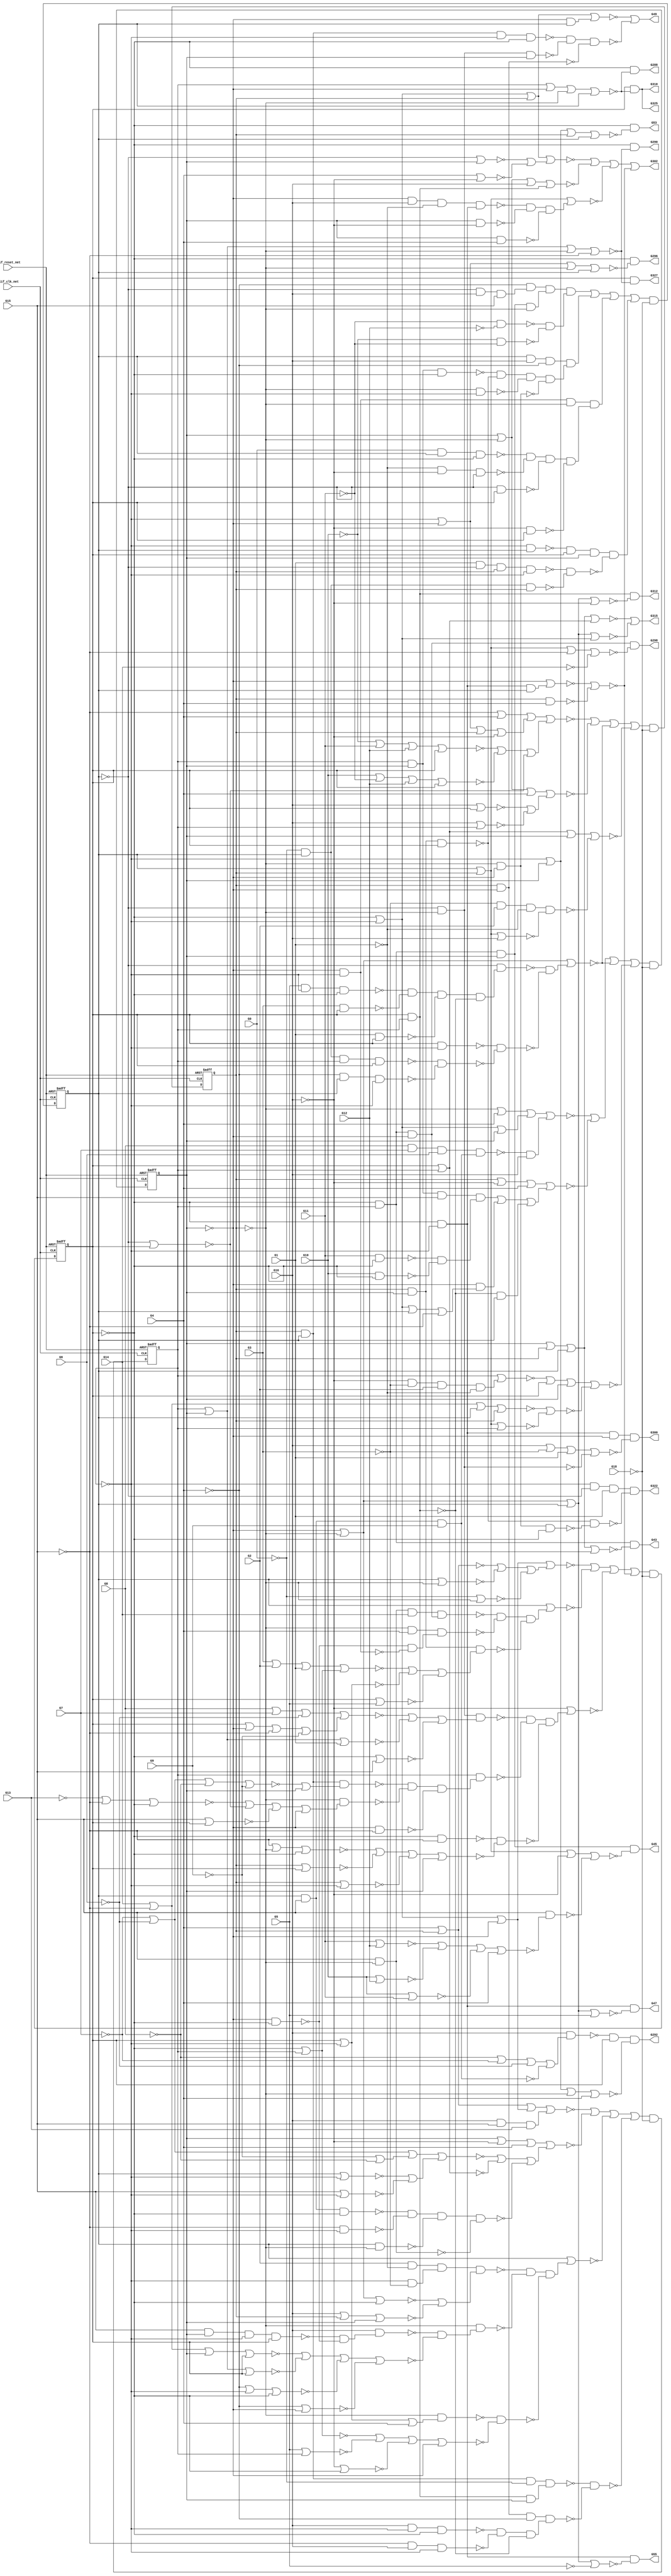
module s832_bench(
  blif_clk_net,
  blif_reset_net,
  G0,
  G1,
  G2,
  G3,
  G4,
  G5,
  G6,
  G7,
  G8,
  G9,
  G10,
  G11,
  G12,
  G13,
  G14,
  G15,
  G16,
  G18,
  G327,
  G325,
  G300,
  G322,
  G45,
  G312,
  G53,
  G49,
  G47,
  G296,
  G290,
  G292,
  G298,
  G288,
  G315,
  G55,
  G43,
  G310,
  G302);
input blif_clk_net;
input blif_reset_net;
input G0;
input G1;
input G2;
input G3;
input G4;
input G5;
input G6;
input G7;
input G8;
input G9;
input G10;
input G11;
input G12;
input G13;
input G14;
input G15;
input G16;
input G18;
output G327;
output G325;
output G300;
output G322;
output G45;
output G312;
output G53;
output G49;
output G47;
output G296;
output G290;
output G292;
output G298;
output G288;
output G315;
output G55;
output G43;
output G310;
output G302;
reg G38;
reg G39;
reg G40;
reg G41;
reg G42;
wire G178;
wire G50;
wire G260;
wire G167;
wire G228;
wire G196;
wire G234;
wire G291;
wire G138;
wire G61;
wire G140;
wire G161;
wire G217;
wire G209;
wire G301;
wire G200;
wire G254;
wire G77;
wire G93;
wire G191;
wire G105;
wire G144;
wire G295;
wire G313;
wire G270;
wire G329;
wire G134;
wire G218;
wire G269;
wire G147;
wire G83;
wire G122;
wire G80;
wire G297;
wire G117;
wire G151;
wire G65;
wire G81;
wire G58;
wire G176;
wire G210;
wire G284;
wire G238;
wire G114;
wire G221;
wire G246;
wire G175;
wire G307;
wire G172;
wire G51;
wire G187;
wire G118;
wire G130;
wire G54;
wire G87;
wire G69;
wire G213;
wire G126;
wire G314;
wire G169;
wire G111;
wire G171;
wire G320;
wire G263;
wire G233;
wire G57;
wire G324;
wire G239;
wire G166;
wire G216;
wire G227;
wire G282;
wire G286;
wire G197;
wire G162;
wire G164;
wire G253;
wire G145;
wire G136;
wire G66;
wire G141;
wire G123;
wire G190;
wire G56;
wire G245;
wire G155;
wire G44;
wire G128;
wire G285;
wire G308;
wire G94;
wire G268;
wire G91;
wire G97;
wire G271;
wire G316;
wire G104;
wire G150;
wire G225;
wire G135;
wire G60;
wire G82;
wire G188;
wire G84;
wire G205;
wire G303;
wire G92;
wire G240;
wire G247;
wire G201;
wire G264;
wire G89;
wire G257;
wire G294;
wire G212;
wire G276;
wire G98;
wire G63;
wire G78;
wire G183;
wire G127;
wire G48;
wire G156;
wire G173;
wire G108;
wire G252;
wire G110;
wire G88;
wire G180;
wire G119;
wire G131;
wire G323;
wire G100;
wire G70;
wire G124;
wire G52;
wire G95;
wire G120;
wire G299;
wire G79;
wire G244;
wire G207;
wire G273;
wire G236;
wire G258;
wire G248;
wire G137;
wire G165;
wire G129;
wire G193;
wire G174;
wire G146;
wire G309;
wire G198;
wire G289;
wire G160;
wire G184;
wire G256;
wire G132;
wire G158;
wire G113;
wire G73;
wire G251;
wire G163;
wire G272;
wire G319;
wire G148;
wire G222;
wire G153;
wire G189;
wire G219;
wire G85;
wire G115;
wire G230;
wire G74;
wire G283;
wire G103;
wire G326;
wire G243;
wire G157;
wire G177;
wire G208;
wire G211;
wire G293;
wire G67;
wire G107;
wire G265;
wire G71;
wire G267;
wire G275;
wire G90;
wire G279;
wire G277;
wire G215;
wire G262;
wire G281;
wire G223;
wire G202;
wire G75;
wire G235;
wire G142;
wire G206;
wire G304;
wire G101;
wire G121;
wire G261;
wire G149;
wire G159;
wire G139;
wire G255;
wire G109;
wire G321;
wire G237;
wire G259;
wire G68;
wire G311;
wire G185;
wire G192;
wire G125;
wire G195;
wire G181;
wire G204;
wire G168;
wire G229;
wire G199;
wire G46;
wire G318;
wire G328;
wire G59;
wire G179;
wire G274;
wire G62;
wire G102;
wire G226;
wire G224;
wire G317;
wire G99;
wire G152;
wire G116;
wire G112;
wire G64;
wire G250;
wire G86;
wire G287;
wire G241;
wire G306;
wire G182;
wire G231;
wire G280;
wire G170;
wire G214;
wire G76;
wire G72;
wire G133;
wire G242;
wire G266;
wire G203;
wire G186;
wire G96;
wire G249;
wire G194;
wire G232;
wire G220;
wire G278;
wire G305;
wire G143;
wire G154;
wire G106;
always @(posedge blif_clk_net or posedge blif_reset_net)
  if(blif_reset_net == 1)
    G38 <= 0;
  else
    G38 <= G90;
always @(posedge blif_clk_net or posedge blif_reset_net)
  if(blif_reset_net == 1)
    G39 <= 0;
  else
    G39 <= G93;
always @(posedge blif_clk_net or posedge blif_reset_net)
  if(blif_reset_net == 1)
    G40 <= 0;
  else
    G40 <= G96;
always @(posedge blif_clk_net or posedge blif_reset_net)
  if(blif_reset_net == 1)
    G41 <= 0;
  else
    G41 <= G99;
always @(posedge blif_clk_net or posedge blif_reset_net)
  if(blif_reset_net == 1)
    G42 <= 0;
  else
    G42 <= G102;
assign G178 = ((~G16)&(~G3)&(~G181)&(~G1));
assign G50 = ((~G40)&(~G280));
assign G260 = ((~G263)&(~G264)&(~G265));
assign G167 = (G256&G38&G313);
assign G228 = (G38)|(G313);
assign G196 = ((~G280)&(~G267)&(~G198));
assign G291 = ((~G313))|((~G317))|((~G39))|((~G15));
assign G234 = (G15&G40&G313&G42);
assign G138 = ((~G318)&(~G256));
assign G61 = ((~G328))|((~G313))|((~G317))|((~G146));
assign G140 = ((~G42)&(~G41));
assign G161 = (G3&G42);
assign G301 = ((~G281))|((~G3))|((~G323))|((~G119));
assign G217 = ((~G236))|((~G237));
assign G209 = ((~G328)&(~G313)&(~G317));
assign G200 = (G256&G38&G313);
assign G254 = ((~G318)&(~G256));
assign G77 = ((~G210)&(~G211));
assign G93 = (G92&G91);
assign G191 = (G42&G313);
assign G105 = ((~G328))|((~G40))|((~G15))|((~G9));
assign G144 = (G16)|(G42);
assign G295 = ((~G41))|((~G317))|((~G39))|((~G256));
assign G313 = ((~G41));
assign G270 = ((~G42)&(~G313)&(~G40));
assign G329 = ((~G313))|((~G317))|((~G39))|((~G15));
assign G134 = (G280)|(G42);
assign G218 = (G2&G323&G216&G217);
assign G269 = ((~G114))|((~G115))|((~G116))|((~G317));
assign G147 = ((~G38)&(~G281)&(~G267));
assign G83 = ((~G258)&(~G259)&(~G261));
assign G297 = ((~G41))|((~G40))|((~G39))|((~G280));
assign G122 = ((~G267)&(~G123));
assign G80 = (G38)|(G76);
assign G117 = (G1&G280&G39&G313);
assign G151 = (G38&G16&G256&G153);
assign G65 = ((~G42))|((~G41))|((~G317));
assign G81 = ((~G246))|((~G247))|((~G248));
assign G58 = ((~G132))|((~G133))|((~G134));
assign G176 = ((~G42))|((~G41))|((~G280))|((~G15));
assign G210 = (G39&G38&G245&G209);
assign G310 = ((~G328)&(~G311));
assign G284 = ((~G42))|((~G313));
assign G238 = (G14)|(G267)|(G40)|(G42);
assign G325 = ((~G328)&(~G326));
assign G114 = (G267)|(G318)|(G328);
assign G221 = ((~G226)&(~G227));
assign G302 = ((~G307))|((~G308))|((~G309))|((~G306));
assign G246 = (G4)|(G39);
assign G307 = (G328)|(G313)|(G39)|(G303);
assign G175 = (G317&G176);
assign G172 = ((~G11));
assign G51 = ((~G127)&(~G128)&(~G129));
assign G187 = (G5&G313&G328);
assign G118 = (G245&G38&G39);
assign G130 = ((~G5));
assign G54 = ((~G41))|((~G317))|((~G318))|((~G280));
assign G87 = (G281)|(G83);
assign G69 = ((~G180))|((~G328))|((~G317))|((~G179));
assign G213 = (G16&G313&G328);
assign G314 = ((~G40))|((~G39))|((~G280))|((~G16));
assign G126 = (G10)|(G11);
assign G169 = (G172&G168);
assign G300 = ((~G42)&(~G41)&(~G40)&(~G301));
assign G111 = (G15)|(G42);
assign G47 = ((~G42)&(~G41)&(~G48));
assign G320 = (G40)|(G39)|(G38)|(G316);
assign G171 = ((~G10));
assign G263 = (G39&G38&G262);
assign G233 = (G15&G318);
assign G324 = ((~G120)&(~G121));
assign G57 = ((~G41))|((~G40))|((~G318))|((~G16));
assign G239 = (G40)|(G41)|(G42);
assign G166 = (G245&G38&G41&G42);
assign G312 = ((~G328)&(~G313)&(~G314));
assign G216 = ((~G41)&(~G3));
assign G227 = ((~G242))|((~G243))|((~G244))|((~G40));
assign G282 = (G317&G328);
assign G286 = (G42)|(G313);
assign G162 = (G1&G42);
assign G197 = (G8&G7&G6&G196);
assign G164 = (G42&G313);
assign G253 = ((~G42)&(~G41)&(~G280));
assign G145 = (G16)|(G41);
assign G136 = (G4)|(G281);
assign G66 = ((~G197)&(~G281));
assign G141 = (G317&G16&G323&G140);
assign G123 = ((~G124))|((~G125))|((~G126))|((~G256));
assign G190 = (G41&G42);
assign G56 = ((~G40))|((~G39))|((~G280))|((~G5));
assign G155 = ((~G103)&(~G328)&(~G317)&(~G104));
assign G245 = ((~G0));
assign G44 = ((~G317))|((~G318))|((~G280))|((~G15));
assign G128 = (G280&G318&G40);
assign G308 = (G40)|(G318)|(G16)|(G304);
assign G285 = (G3)|(G2)|(G1)|(G284);
assign G94 = ((~G18));
assign G268 = (G328&G267);
assign G91 = ((~G18));
assign G97 = ((~G18));
assign G271 = (G318&G15&G14&G270);
assign G104 = ((~G117)&(~G118));
assign G316 = ((~G328))|((~G313));
assign G150 = (G256&G147&G148&G149);
assign G225 = ((~G328))|((~G41))|((~G256));
assign G135 = (G280)|(G40);
assign G60 = ((~G158)&(~G159));
assign G82 = ((~G271)&(~G272)&(~G273));
assign G290 = ((~G42)&(~G291));
assign G188 = (G3&G42);
assign G84 = ((~G255))|((~G254));
assign G205 = ((~G228))|((~G229));
assign G303 = ((~G135))|((~G136));
assign G92 = ((~G62))|((~G63))|((~G64))|((~G61));
assign G240 = (G256)|(G313)|(G328);
assign G247 = (G38)|(G318);
assign G201 = ((~G13));
assign G45 = ((~G42)&(~G313)&(~G317)&(~G46));
assign G264 = (G318&G266);
assign G89 = (G150)|(G151)|(G152)|(G155);
assign G257 = ((~G106))|((~G107))|((~G108));
assign G294 = (G16&G293);
assign G212 = ((~G213)&(~G214)&(~G215));
assign G63 = (G40)|(G318)|(G4)|(G59);
assign G276 = (G0&G38&G328);
assign G98 = ((~G78))|((~G79))|((~G80))|((~G77));
assign G55 = ((~G42)&(~G41)&(~G56));
assign G78 = (G39)|(G4)|(G73)|(G74);
assign G183 = (G38)|(G39)|(G41);
assign G127 = (G38&G39&G313&G328);
assign G48 = ((~G40))|((~G39))|((~G280))|((~G130));
assign G156 = ((~G318))|((~G280))|((~G281));
assign G173 = ((~G193)&(~G194));
assign G108 = (G328)|(G15);
assign G252 = (G318&G317);
assign G110 = (G280)|(G42);
assign G88 = ((~G18));
assign G180 = (G41)|(G178);
assign G119 = ((~G39)&(~G38));
assign G131 = ((~G280)&(~G267)&(~G198));
assign G323 = ((~G1));
assign G100 = ((~G18));
assign G70 = (G318)|(G4)|(G65)|(G66);
assign G124 = (G11)|(G12);
assign G52 = (G328)|(G313)|(G39)|(G50);
assign G95 = ((~G70))|((~G71))|((~G72))|((~G69));
assign G120 = (G39&G40&G42);
assign G299 = ((~G318))|((~G280))|((~G15))|((~G14));
assign G315 = ((~G320))|((~G321));
assign G79 = (G40)|(G281)|(G4)|(G75);
assign G244 = (G281)|(G328);
assign G207 = (G202)|(G203)|(G204)|(G205);
assign G273 = (G40&G39&G275);
assign G236 = (G318)|(G317)|(G328);
assign G258 = (G318&G280&G257);
assign G248 = (G245)|(G318);
assign G137 = ((~G42)&(~G41)&(~G280));
assign G165 = ((~G166)&(~G167));
assign G129 = (G39&G317);
assign G193 = (G11&G328);
assign G174 = (G41&G40&G15&G173);
assign G309 = (G39)|(G38)|(G305);
assign G146 = ((~G3)&(~G181)&(~G1)&(~G156));
assign G198 = ((~G9));
assign G289 = ((~G313))|((~G40))|((~G39))|((~G280));
assign G160 = (G5&G313&G328);
assign G184 = ((~G187)&(~G188)&(~G189)&(~G190));
assign G256 = ((~G4));
assign G132 = (G171)|(G11)|(G12)|(G42);
assign G158 = (G280&G157);
assign G113 = (G203)|(G202)|(G112)|(G198);
assign G73 = ((~G42))|((~G41))|((~G40));
assign G163 = (G41&G42);
assign G251 = (G318&G313);
assign G272 = (G318&G4&G274);
assign G43 = ((~G42)&(~G313)&(~G44));
assign G148 = ((~G42)&(~G313)&(~G317)&(~G39));
assign G222 = ((~G234)&(~G235));
assign G319 = ((~G42))|((~G41));
assign G153 = ((~G249)&(~G250)&(~G251)&(~G252));
assign G189 = (G1&G42);
assign G219 = (G318&G220);
assign G85 = (G328)|(G313)|(G317)|(G81);
assign G230 = (G15&G38&G328);
assign G74 = ((~G281)&(~G267)&(~G201));
assign G115 = (G39)|(G42);
assign G283 = (G317&G313);
assign G103 = (G313&G38);
assign G326 = ((~G313))|((~G40))|((~G39))|((~G280));
assign G243 = (G5)|(G41);
assign G49 = ((~G52))|((~G51));
assign G157 = ((~G160)&(~G161)&(~G162)&(~G163));
assign G177 = ((~G195)&(~G280));
assign G208 = (G42)|(G41);
assign G211 = (G317&G39&G256&G212);
assign G293 = ((~G8))|((~G7))|((~G6))|((~G131));
assign G67 = (G174)|(G175)|(G177);
assign G265 = (G317&G267);
assign G107 = (G41)|(G40)|(G1);
assign G71 = (G39)|(G281)|(G4)|(G67);
assign G267 = ((~G15));
assign G275 = ((~G285))|((~G286))|((~G287));
assign G90 = (G89&G88);
assign G279 = (G281&G42);
assign G215 = (G41&G42);
assign G262 = ((~G113))|((~G317));
assign G277 = (G323&G281&G280);
assign G281 = ((~G16));
assign G223 = (G16&G222);
assign G322 = ((~G41)&(~G38)&(~G323)&(~G324));
assign G202 = ((~G7));
assign G75 = ((~G207))|((~G208))|((~G206));
assign G292 = ((~G294)&(~G328)&(~G295));
assign G235 = (G317&G328);
assign G142 = (G40&G281);
assign G206 = ((~G230)&(~G231)&(~G232)&(~G233));
assign G288 = ((~G42)&(~G289));
assign G304 = ((~G328)&(~G313));
assign G101 = ((~G85))|((~G86))|((~G87))|((~G84));
assign G121 = (G318&G317&G328);
assign G261 = ((~G268)&(~G269));
assign G159 = ((~G164)&(~G165));
assign G149 = ((~G169)&(~G170));
assign G139 = (G317)|(G137);
assign G109 = (G201)|(G267)|(G328);
assign G255 = (G317)|(G253);
assign G321 = (G317)|(G318)|(G38)|(G319);
assign G237 = (G16)|(G39)|(G40);
assign G259 = (G41&G260);
assign G68 = ((~G185)&(~G186));
assign G311 = ((~G313))|((~G40))|((~G39))|((~G280));
assign G185 = (G280&G184);
assign G192 = ((~G199)&(~G200));
assign G125 = (G10)|(G12);
assign G195 = (G41&G42);
assign G181 = ((~G2));
assign G298 = ((~G42)&(~G313)&(~G40)&(~G299));
assign G204 = ((~G9))|((~G8));
assign G168 = ((~G12));
assign G229 = (G15)|(G313);
assign G296 = ((~G42)&(~G297));
assign G199 = (G245&G38&G41&G42);
assign G46 = ((~G318))|((~G280))|((~G16))|((~G122));
assign G318 = ((~G39));
assign G328 = ((~G42));
assign G59 = ((~G144))|((~G145));
assign G274 = ((~G282)&(~G283));
assign G179 = ((~G182))|((~G183));
assign G62 = (G267)|(G4)|(G57)|(G58);
assign G226 = (G318&G225);
assign G102 = (G101&G100);
assign G224 = ((~G238))|((~G239))|((~G240))|((~G241));
assign G317 = ((~G40));
assign G99 = (G98&G97);
assign G152 = (G313&G317&G318&G154);
assign G116 = (G39)|(G313);
assign G112 = ((~G8));
assign G64 = (G317)|(G318)|(G60);
assign G250 = (G39&G40&G42);
assign G86 = (G38)|(G82);
assign G287 = (G42)|(G5);
assign G241 = (G256)|(G317);
assign G306 = ((~G139))|((~G138));
assign G231 = (G267&G313);
assign G182 = (G14)|(G267)|(G38)|(G39);
assign G170 = (G171&G172);
assign G280 = ((~G38));
assign G214 = (G267&G16&G313);
assign G327 = ((~G328)&(~G329));
assign G76 = ((~G218)&(~G219)&(~G221));
assign G72 = (G317)|(G318)|(G68);
assign G133 = (G10)|(G172)|(G12)|(G42);
assign G266 = ((~G109))|((~G110))|((~G111))|((~G40));
assign G242 = (G41)|(G328);
assign G186 = ((~G191)&(~G192));
assign G203 = ((~G6));
assign G96 = (G95&G94);
assign G53 = ((~G42)&(~G54));
assign G249 = (G40&G41&G328);
assign G232 = (G38&G318);
assign G194 = (G10&G328);
assign G220 = ((~G223)&(~G224));
assign G278 = (G280&G42);
assign G143 = (G40&G4);
assign G305 = ((~G141)&(~G142)&(~G143));
assign G154 = ((~G276)&(~G277)&(~G278)&(~G279));
assign G106 = (G8)|(G7)|(G203)|(G105);
endmodule